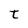
Character: t